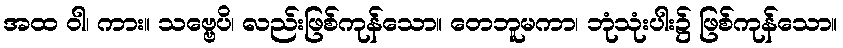
အထ ဝါ၊ ကား။ သဗ္ဗေပိ၊ လည်းဖြစ်ကုန်သော။ တေဘူမကာ၊ ဘုံသုံးပါး၌ ဖြစ်ကုန်သော။